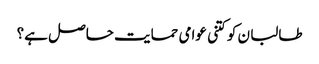
طالبا ن کو کتنی عوامی حمایت حاصل ہے؟